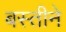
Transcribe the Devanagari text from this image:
बस्तीने